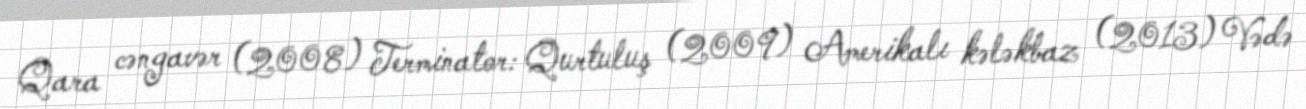
Qara cəngavər (2008) Terminator: Qurtuluş (2009) Amerikalı kələkbaz (2013) Vədə